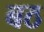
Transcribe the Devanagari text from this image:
बठ